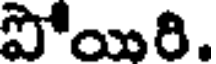
సోయిరి.